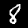
Label: 8